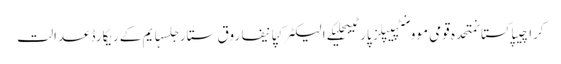
کراچیپاکستانمتحدہ قومی موومنٹپیپلز پارٹیبجلیکے الیکٹرکپانیفاروق ستارجلسہایم کےریکارڈعدالت